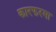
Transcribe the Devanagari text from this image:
कारफरमा